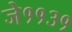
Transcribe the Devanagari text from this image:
जे११३१